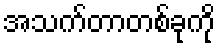
အသက်တာတစ်ခုကို